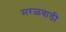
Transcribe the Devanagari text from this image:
मरळवाडी